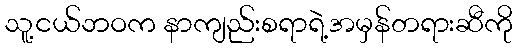
သူ့ငယ်ဘဝက နာကျည်းစရာရဲ့အမှန်တရားဆီကို